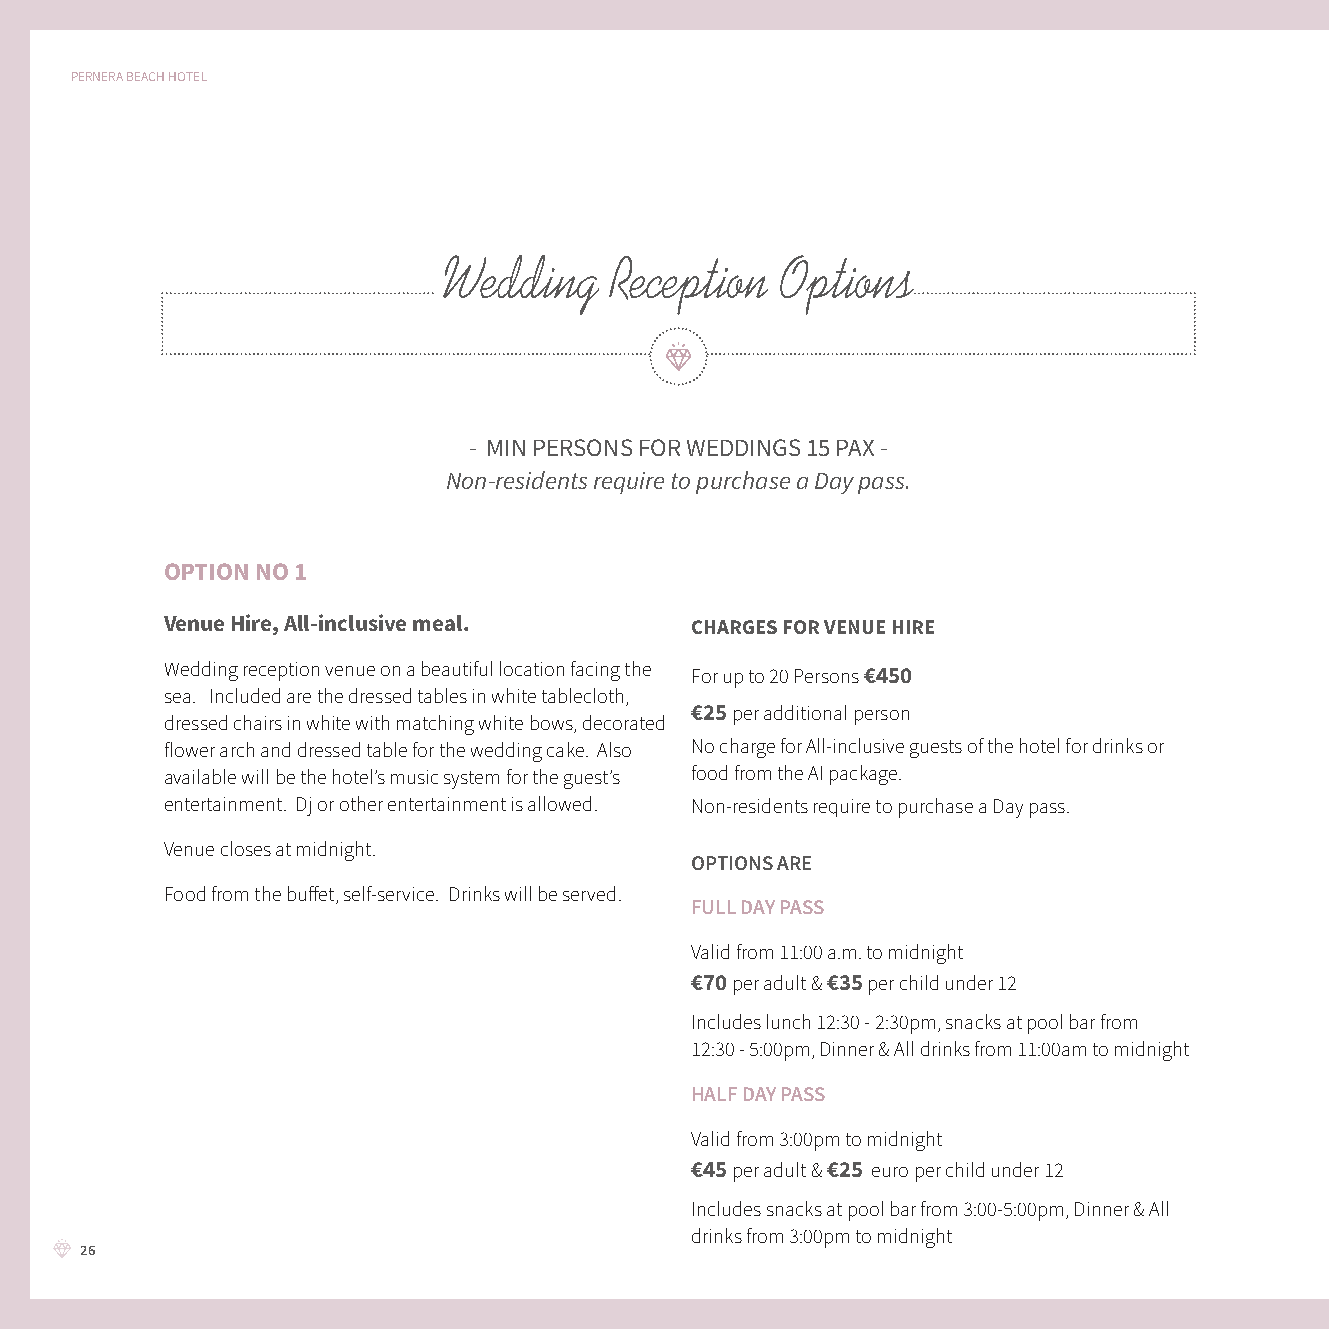
PERNERA BEACH HOTEL
 Wedding    Reception   Options
 - MIN PERSONS FOR WEDDINGS 15 PAX -
 Non-residents require to purchase a Day pass.
 OPTION NO 1
 Venue Hire, All-inclusive meal.    CHARGES FOR VENUE HIRE
 Wedding reception venue on a beautiful location facing the For up to 20 Persons €450
 sea. Included are the dressed tables in white tablecloth,
 €25 per additional person
 dressed chairs in white with matching white bows, decorated
 flower arch and dressed table for the wedding cake. Also No charge for All-inclusive guests of the hotel for drinks or
 available will be the hotel’s music system for the guest’s food from the AI package.
 entertainment. Dj or other entertainment is allowed. Non-residents require to purchase a Day pass.
 Venue closes at midnight.
 OPTIONS ARE
 Food from the buff et, self-service. Drinks will be served.
 FULL DAY PASS
 Valid from 11:00 a.m. to midnight
 €70 per adult & €35 per child under 12
 Includes lunch 12:30 - 2:30pm, snacks at pool bar from
 12:30 - 5:00pm, Dinner & All drinks from 11:00am to midnight
 HALF DAY PASS
 Valid from 3:00pm to midnight
 €45 per adult & €25 euro per child under 12
 Includes snacks at pool bar from 3:00-5:00pm, Dinner & All
 drinks from 3:00pm to midnight
 26